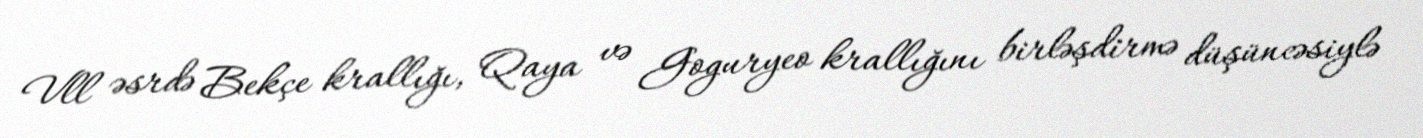
Vll əsrdə Bekçe krallığı, Qaya və Goguryeo krallığını birləşdirmə düşüncəsiylə